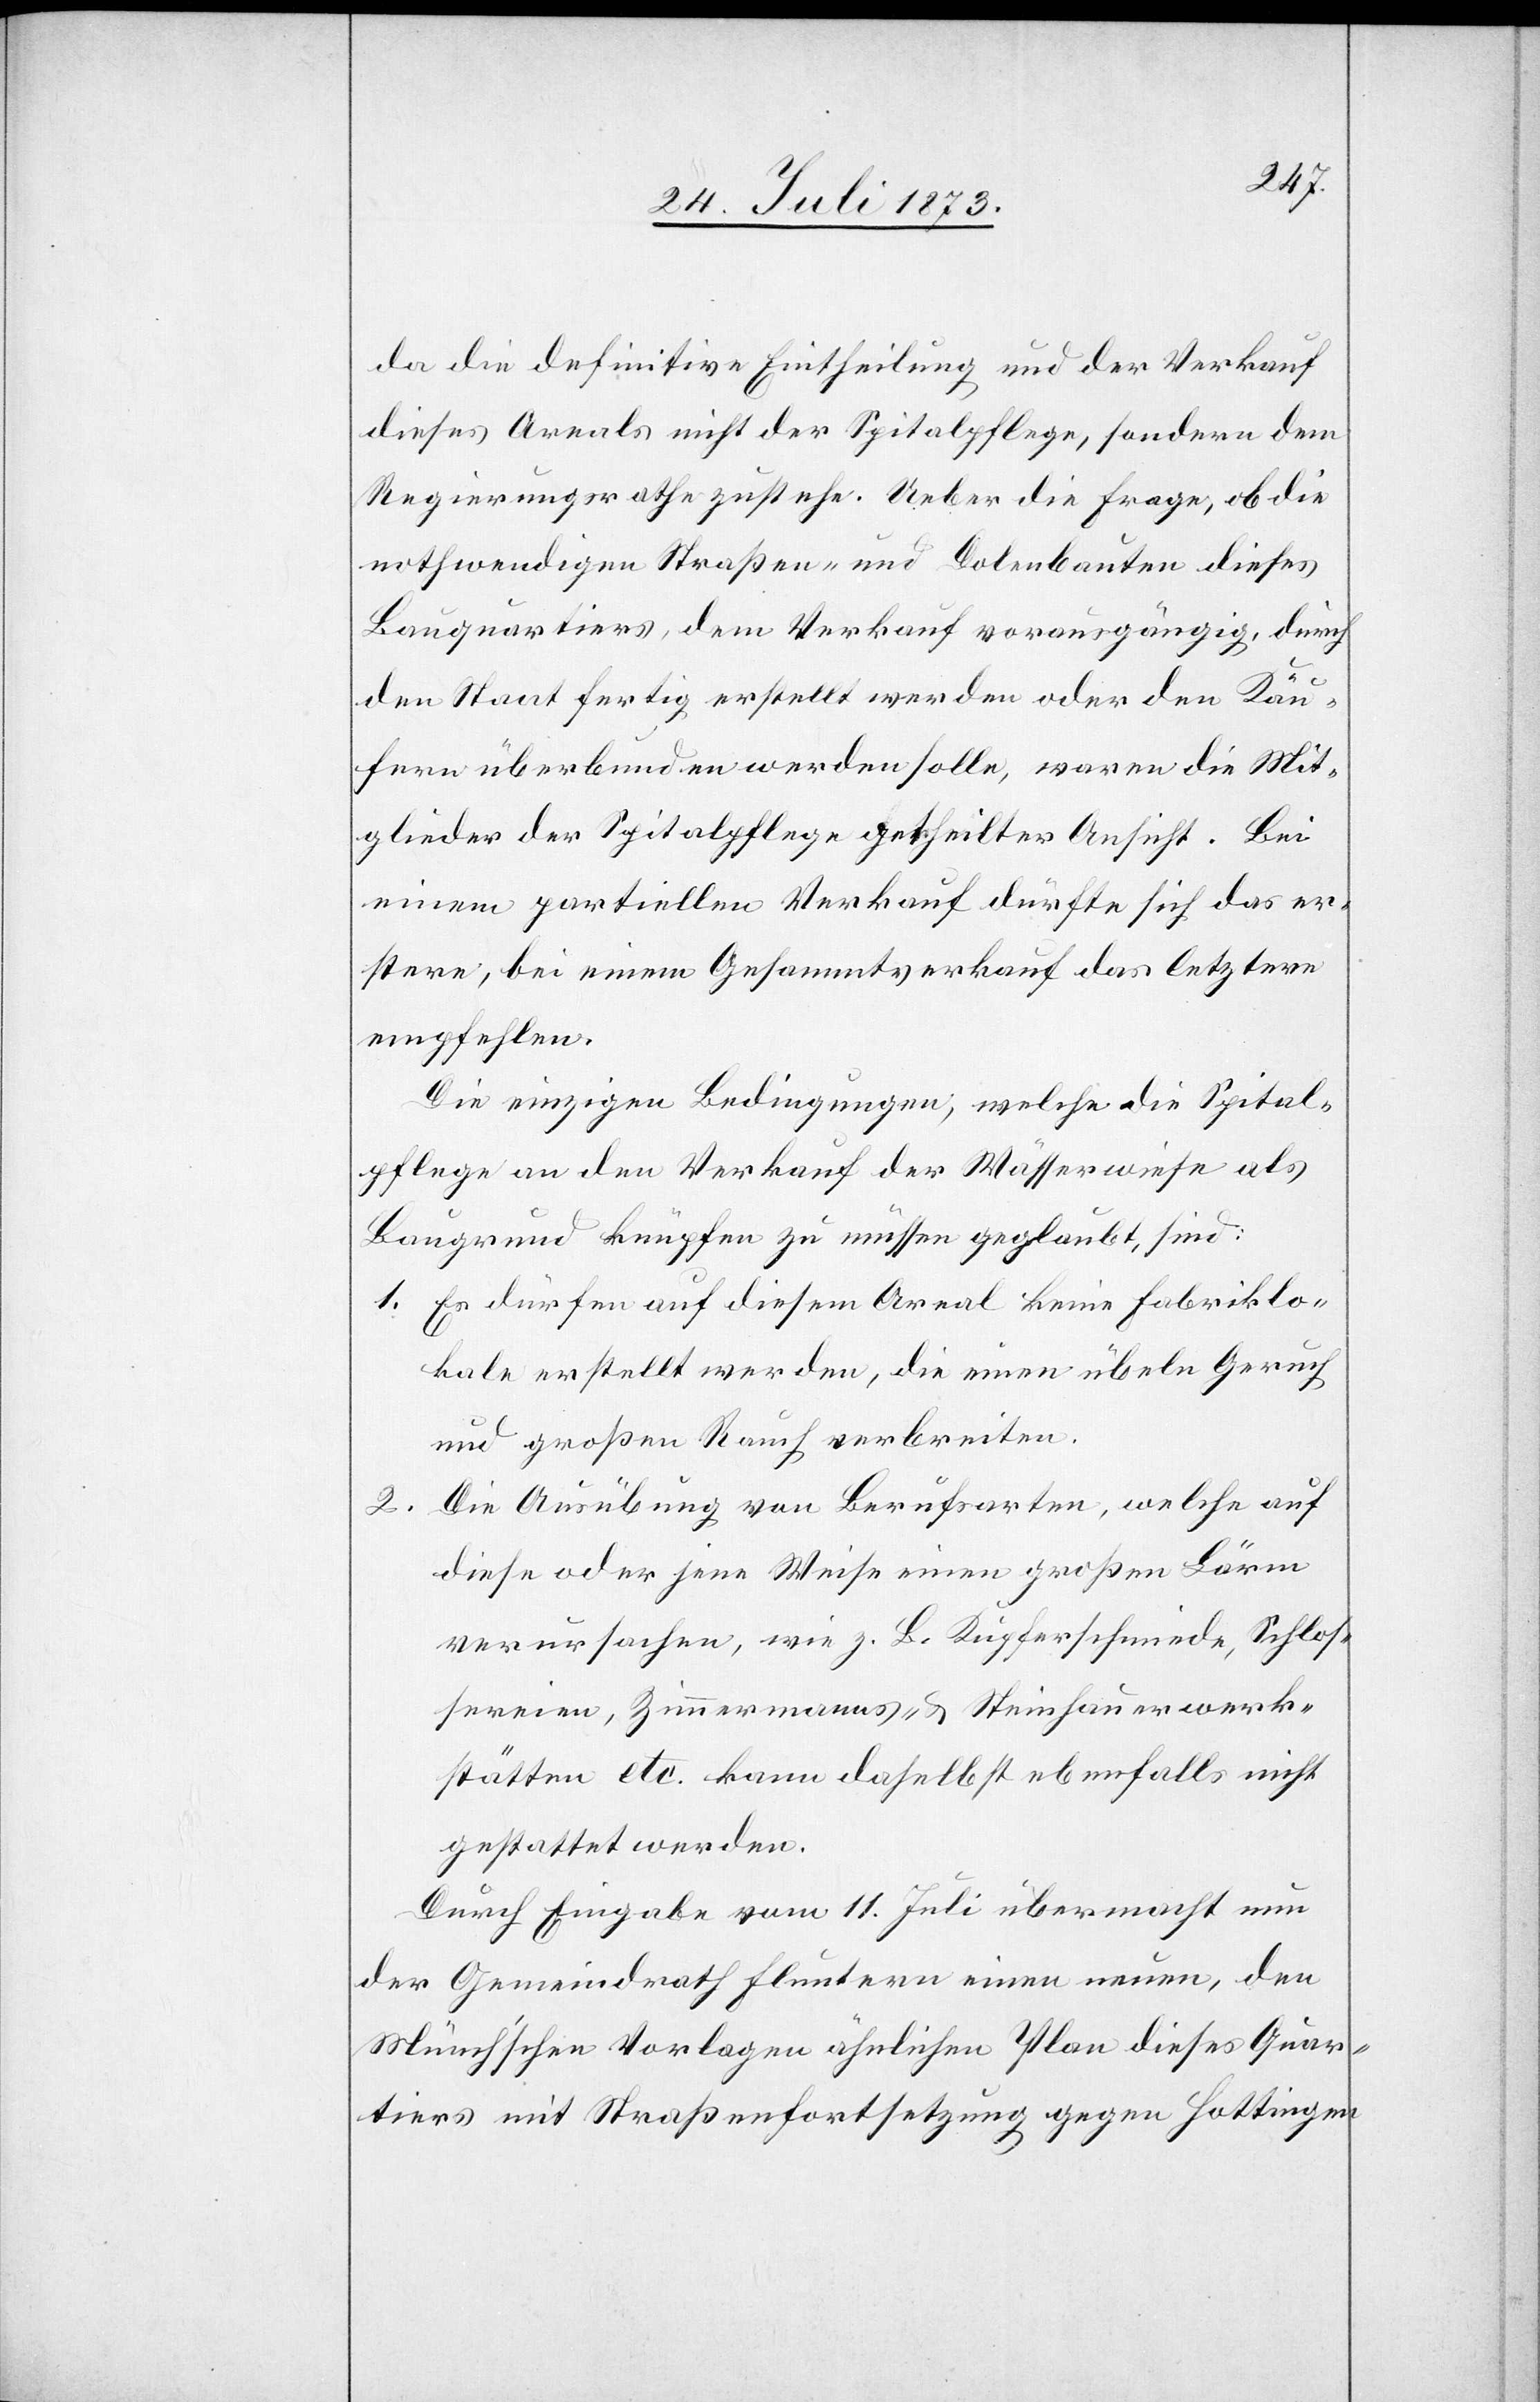
da die definitive Eintheilung und der Verkauf
dieses Areals nicht der Spitalpflege, sondern dem
Regierungsrathe zustehe. Ueber die Frage, ob die
nothwendigen Straßen- und Dolenbauten dieses
Bauquartiers, dem Verkauf vorausgängig, durch
den Staat fertig erstellt werden oder den Käu¬
fern überbunden werden solle [sic!], waren die Mit¬
glieder der Spitalpflege getheilter Ansicht. Bei
einem partiellen Verkauf dürfte sich das er¬
stere, bei einem Gesammtverkauf das letztere
empfehlen.
Die einzigen Bedingungen, welche die Spital¬
pflege an den Verkauf der Wässerwiese als
Baugrund knüpfen zu müssen geglaubt, sind:
1. Es dürfen auf diesem Areal keine Fabriklo¬
kale erstellt werden, die einen übeln Geruch
und großen Rauch verbreiten.
2. Die Ausübung von Berufsarten, welche auf
diese oder jene Weise einen großen Lärm
verursachen, wie z. B. Kupferschmiede, Schlos¬
sereien, Zimmermanns- & Steinhauerwerk¬
stätten etc. kann daselbst ebenfalls nicht
gestattet werden.
Durch Eingabe vom 11. Juli übermacht nun
der Gemeindrath Fluntern einen neuen, den
Münch’schen Vorlagen ähnlichen Plan dieses Quar¬
tiers mit Straßenfortsetzung gegen Hottingen